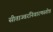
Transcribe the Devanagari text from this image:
सीताज्वरनिवारणस्तोत्र